Report of an investigation into the causes of malaria in Bombay and the measures necessary for its control
Disease focus: Malaria
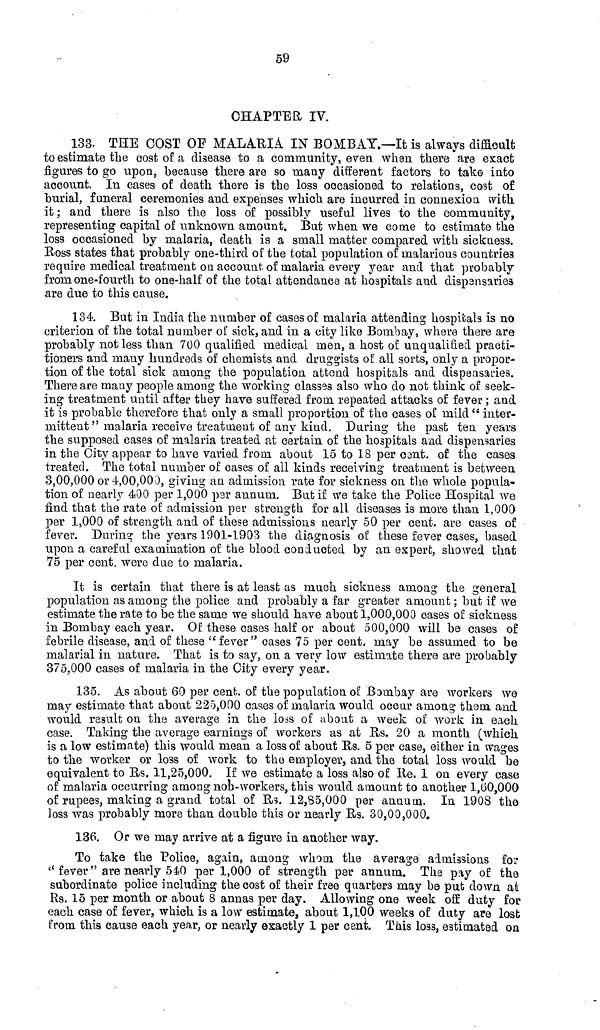
59
CHAPTER IV.
133. THE COST OF MALARIA IN BOMBAY.—It is always difficult
to estimate the cost of a disease to a community, even when there are exact
figures to go upon, because there are so many different factors to take into
account. In cases of death there is the loss occasioned to relations, cost of
burial, funeral ceremonies and expenses which are incurred in connexion with
it ; and there is also the loss of possibly useful lives to the community,
representing capital of unknown amount. But when we come to estimate the
loss occasioned by malaria, death is a small matter compared with sickness.
Boss states that probably one-third of the total population of malarious countries
require medical treatment on account of malaria every year and that probably
from one-fourth to one-half of the total attendance at hospitals and dispensaries
are due to this cause.
134. But in India the number of cases of malaria attending hospitals is no
criterion of the total number of sick, and in a city like Bombay, where there are
probably not less than 700 qualified medical men, a host of unqualified practi-
tioners and many hundreds of chemists and druggists of all sorts, only a propor-
tion of the total sick among the population attend hospitals and dispensaries.
There are many people among the working classes also who do not think of seek-
ing treatment until after they have suffered from repeated attacks of fever ; and
it is probable therefore that only a small proportion of the eases of mild "inter-
mittent " malaria receive treatment of any kind. During the past ten years
the supposed cases of malaria treated at certain of the hospitals and dispensaries
in the City appear to have varied from about 15 to 18 per cent. of the cases
treated. The total number of cases of all kinds receiving treatment is between
3,00,000 or 4,00,000, giving an admission rate for sickness on the whole popula-
tion of nearly 400 per 1,000 per annum. But if we take the Police Hospital we
find that the rate of admission per strength for all diseases is more than 1,000
per 1,000 of strength and of these admissions nearly 50 per cent. are cases of
fever. During the years 1901-1903 the diagnosis of these fever cases, based
upon a careful examination of the blood conducted by an expert, showed that
75 per cent. were due to malaria.
It is certain that there is at least as much sickness among the general
population as among the police and probably a far greater amount ; but if we
estimate the rate to be the same we should have about 1,000,000 cases of sickness
in Bombay each year. Of these cases half or about 500,000 will be cases of
febrile disease, and of these "fever" oases 75 per cent. may be assumed to be
malarial in nature. That is to say, on a very low estimate there are probably
375,000 cases of malaria in the City every year.
135. As about 60 per cent. of the population of Bombay are workers we
may estimate that about 225,000 cases of malaria would occur among them and
would result on the average in the loss of about a week of work in each
case. Taking the average earnings of workers as at Us. 20 a month (which
is a low estimate) this would mean a loss of about Us. 5 per case, either in wages
to the worker or loss of work to the employer, and the total loss would be
equivalent to Us. 11,25,000. If we estimate a loss also of Re. 1 on every case
of malaria occurring among nob-workers, this would amount to another 1,60,000
of rupees, making a grand total of Rs. 12,85,000 per annum. In 1908 the
loss was probably more than double this or nearly Rs. 30,00,000.
136. Or we may arrive at a figure in another way.
To take the Police, again, among whom the average admissions for
"fever" are nearly 540 per 1,000 of strength per annum. The pay of the
subordinate police including the cost of their free quarters may be put down at
Rs. 15 per month or about 8 annas per day. Allowing one week off duty for
each case of fever, which is a low estimate, about 1,100 weeks of duty are lost
from this cause each year, or nearly exactly 1 per cent. This loss, estimated on